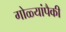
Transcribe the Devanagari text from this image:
गोळ्यांपैकी